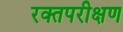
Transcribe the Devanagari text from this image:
रक्तपरीक्षण